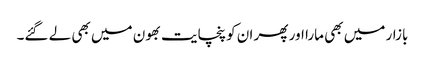
بازار میں بھی مارا اور پھر ان کو پنچایت بھون میں بھی لے گئے۔